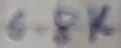
Text: 6.8K